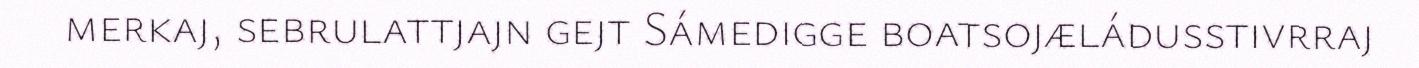
merkaj, sebrulattjajn gejt Sámedigge boatsojæládusstivrraj